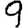
Digit: 9